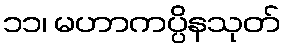
၁၁၊ မဟာကပ္ပိနသုတ်